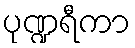
ပုဏ္ဍရီကာ